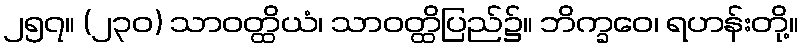
၂၅၇။ (၂၃၀) သာဝတ္ထိယံ၊ သာဝတ္ထိပြည်၌။ ဘိက္ခဝေ၊ ရဟန်းတို့။